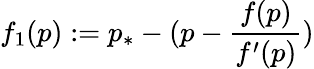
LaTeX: f_{1}(p):=p_{*}-(p-\frac{f(p)}{f^{\prime}(p)})